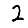
Digit: 2